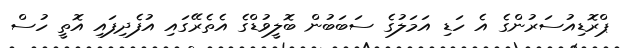
ޕްރޮޑިއުސަރުންގެ އެ ހަޑި އަމަލުގެ ސަބަބުން ބޮލީވުޑްގެ އެތެރޭގައި އުފެދިފައި އޮތީ ހުސް